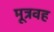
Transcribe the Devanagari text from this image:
मूत्रवह